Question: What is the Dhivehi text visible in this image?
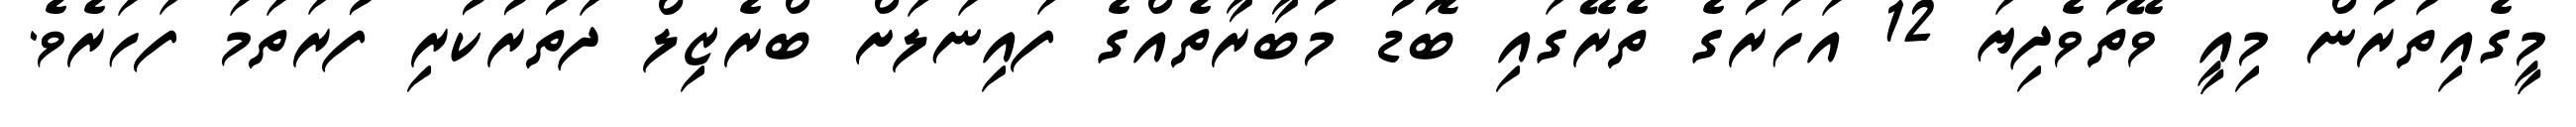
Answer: މީގެއިތުރުން މިއީ ވޭތުވެދިޔަ 12 އަހަރުގެ ތެރޭގައި ބޮޑު މުބާރާތެއްގެ ފައިނަލަށް ބްރެޒިލް ދަތުރުކުރި ފުރަތަމަ ފަހަރެވެ.